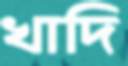
খাদি